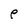
Character: e